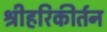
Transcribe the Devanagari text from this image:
श्रीहरिकीर्तन